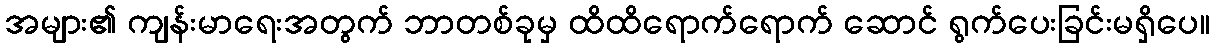
အများ၏ ကျန်းမာရေးအတွက် ဘာတစ်ခုမှ ထိထိရောက်ရောက် ဆောင် ရွက်ပေးခြင်းမရှိပေ။